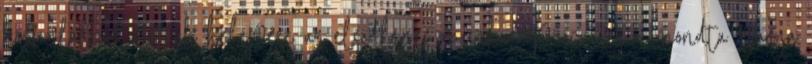
közfoglalkoztatottak belépése az elsődleges munkaerőpiacra is - mondta Varga